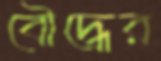
বৌদ্ধের